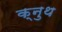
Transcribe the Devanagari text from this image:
क्नुथ